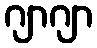
ဂျာဂျာ